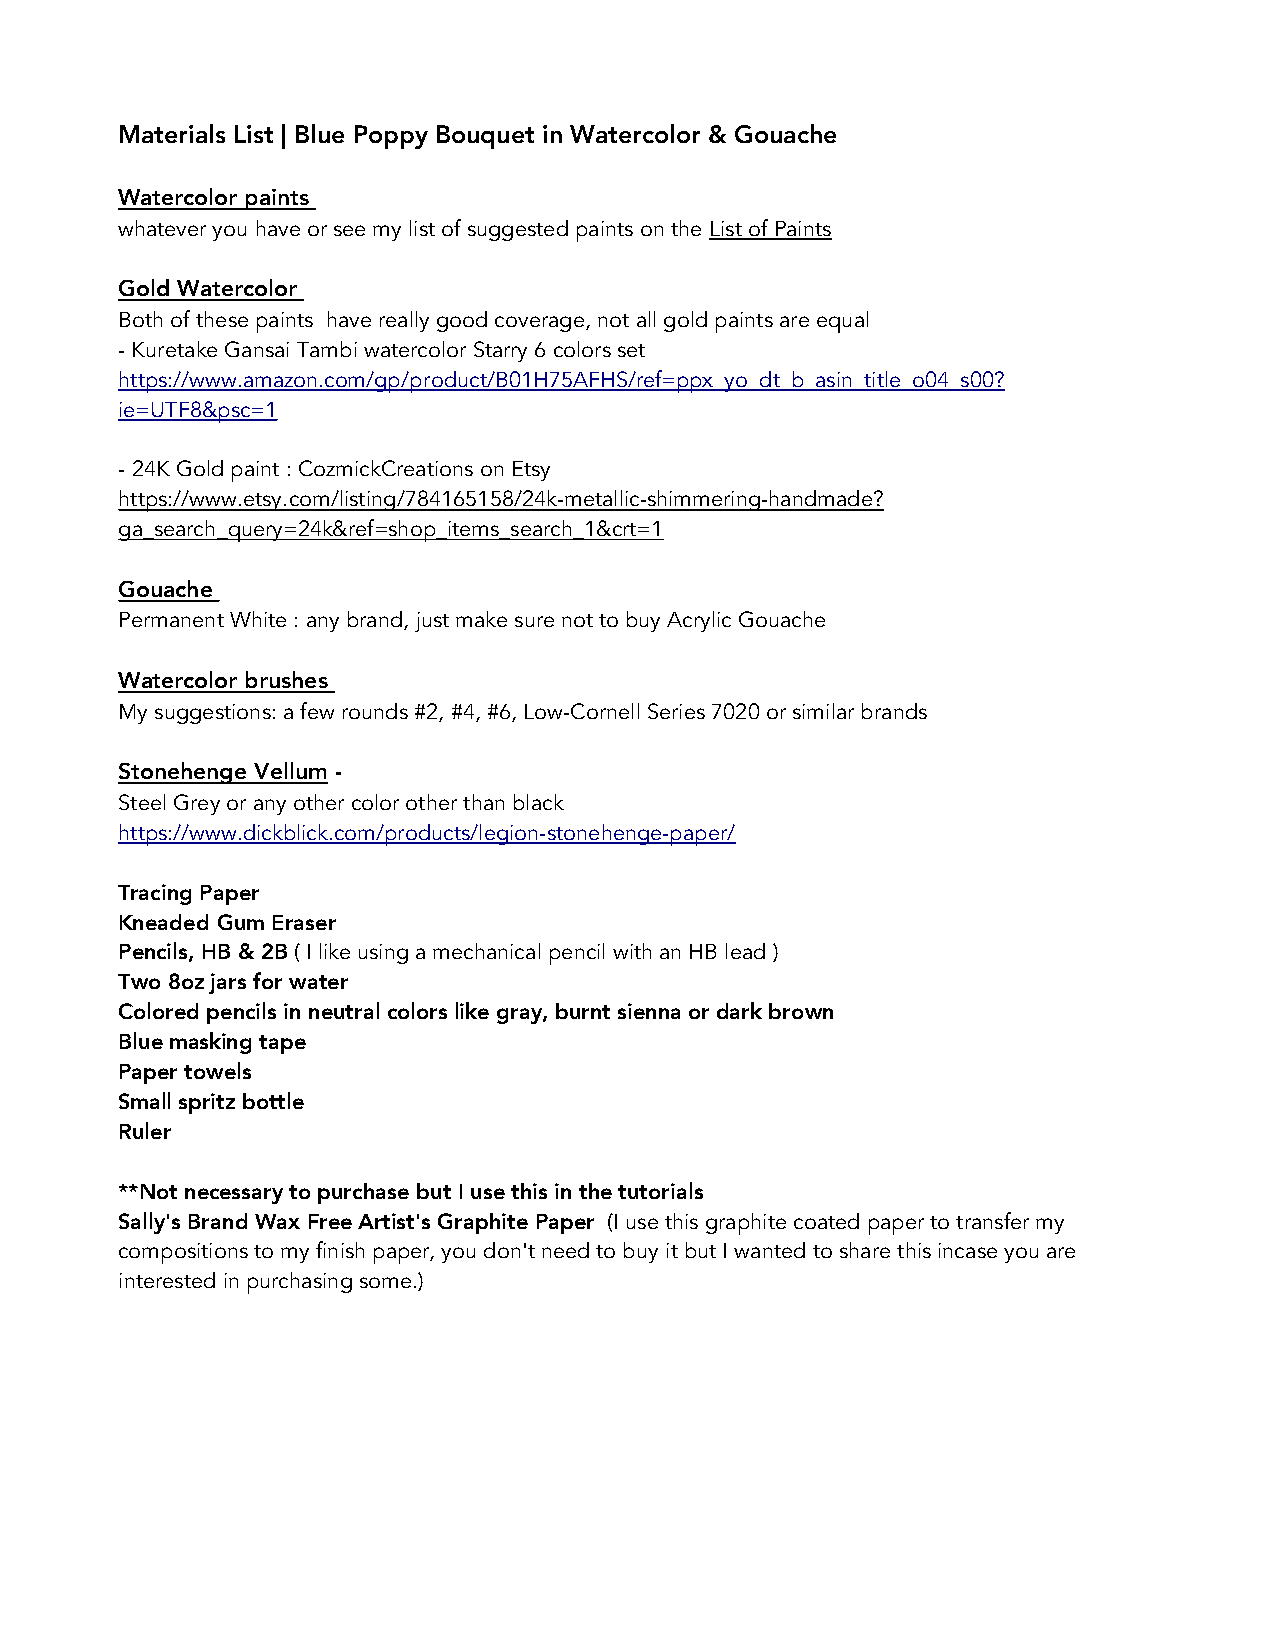
Materials List | Blue Poppy Bouquet in Watercolor & Gouache
 Watercolor paints
 whatever you have or see my list of suggested paints on the List of Paints
 Gold Watercolor
 Both of these paints have really good coverage, not all gold paints are equal
 - Kuretake Gansai Tambi watercolor Starry 6 colors set
 https://www.amazon.com/gp/product/B01H75AFHS/ref=ppx_yo_dt_b_asin_title_o04_s00?
 ie=UTF8&psc=1
 - 24K Gold paint : CozmickCreations on Etsy
 https://www.etsy.com/listing/784165158/24k-metallic-shimmering-handmade?
 ga_search_query=24k&ref=shop_items_search_1&crt=1
 Gouache
 Permanent White : any brand, just make sure not to buy Acrylic Gouache
 W atercolor brushes
 My suggestions: a few rounds #2, #4, #6, Low-Cornell Series 7020 or similar brands
 Stonehenge Vellum -
 Steel Grey or any other color other than black
 https://www.dickblick.com/products/legion-stonehenge-paper/
 Tracing Paper
 Kneaded Gum Eraser
 Pencils, HB & 2B ( I like using a mechanical pencil with an HB lead )
 Two 8oz jars for water
 Colored pencils in neutral colors like gray, burnt sienna or dark brown
 Blue masking tape
 Paper towels
 Small spritz bottle
 Ruler
 **Not necessary to purchase but I use this in the tutorials
 Sally's Brand Wax Free Artist's Graphite Paper (I use this graphite coated paper to transfer my
 compositions to my finish paper, you don't need to buy it but I wanted to share this incase you are
 interested in purchasing some.)